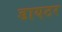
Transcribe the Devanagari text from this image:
डायटर